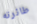
طائرته